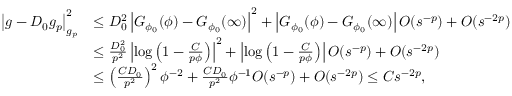
\begin{array} { r l } { \left| g - D _ { 0 } g _ { p } \right| _ { g _ { p } } ^ { 2 } } & { \leq D _ { 0 } ^ { 2 } \left| G _ { \phi _ { 0 } } ( \phi ) - G _ { \phi _ { 0 } } ( \infty ) \right| ^ { 2 } + \left| G _ { \phi _ { 0 } } ( \phi ) - G _ { \phi _ { 0 } } ( \infty ) \right| O ( s ^ { - p } ) + O ( s ^ { - 2 p } ) } \\ & { \leq \frac { D _ { 0 } ^ { 2 } } { p ^ { 2 } } \left| \log \left( 1 - \frac { C } { p \phi } \right) \right| ^ { 2 } + \left| \log \left( 1 - \frac { C } { p \phi } \right) \right| O ( s ^ { - p } ) + O ( s ^ { - 2 p } ) } \\ & { \leq \left( \frac { C D _ { 0 } } { p ^ { 2 } } \right) ^ { 2 } \phi ^ { - 2 } + \frac { C D _ { 0 } } { p ^ { 2 } } \phi ^ { - 1 } O ( s ^ { - p } ) + O ( s ^ { - 2 p } ) \leq C s ^ { - 2 p } , } \end{array}